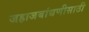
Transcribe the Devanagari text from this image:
जहाजबांधणीसाठी